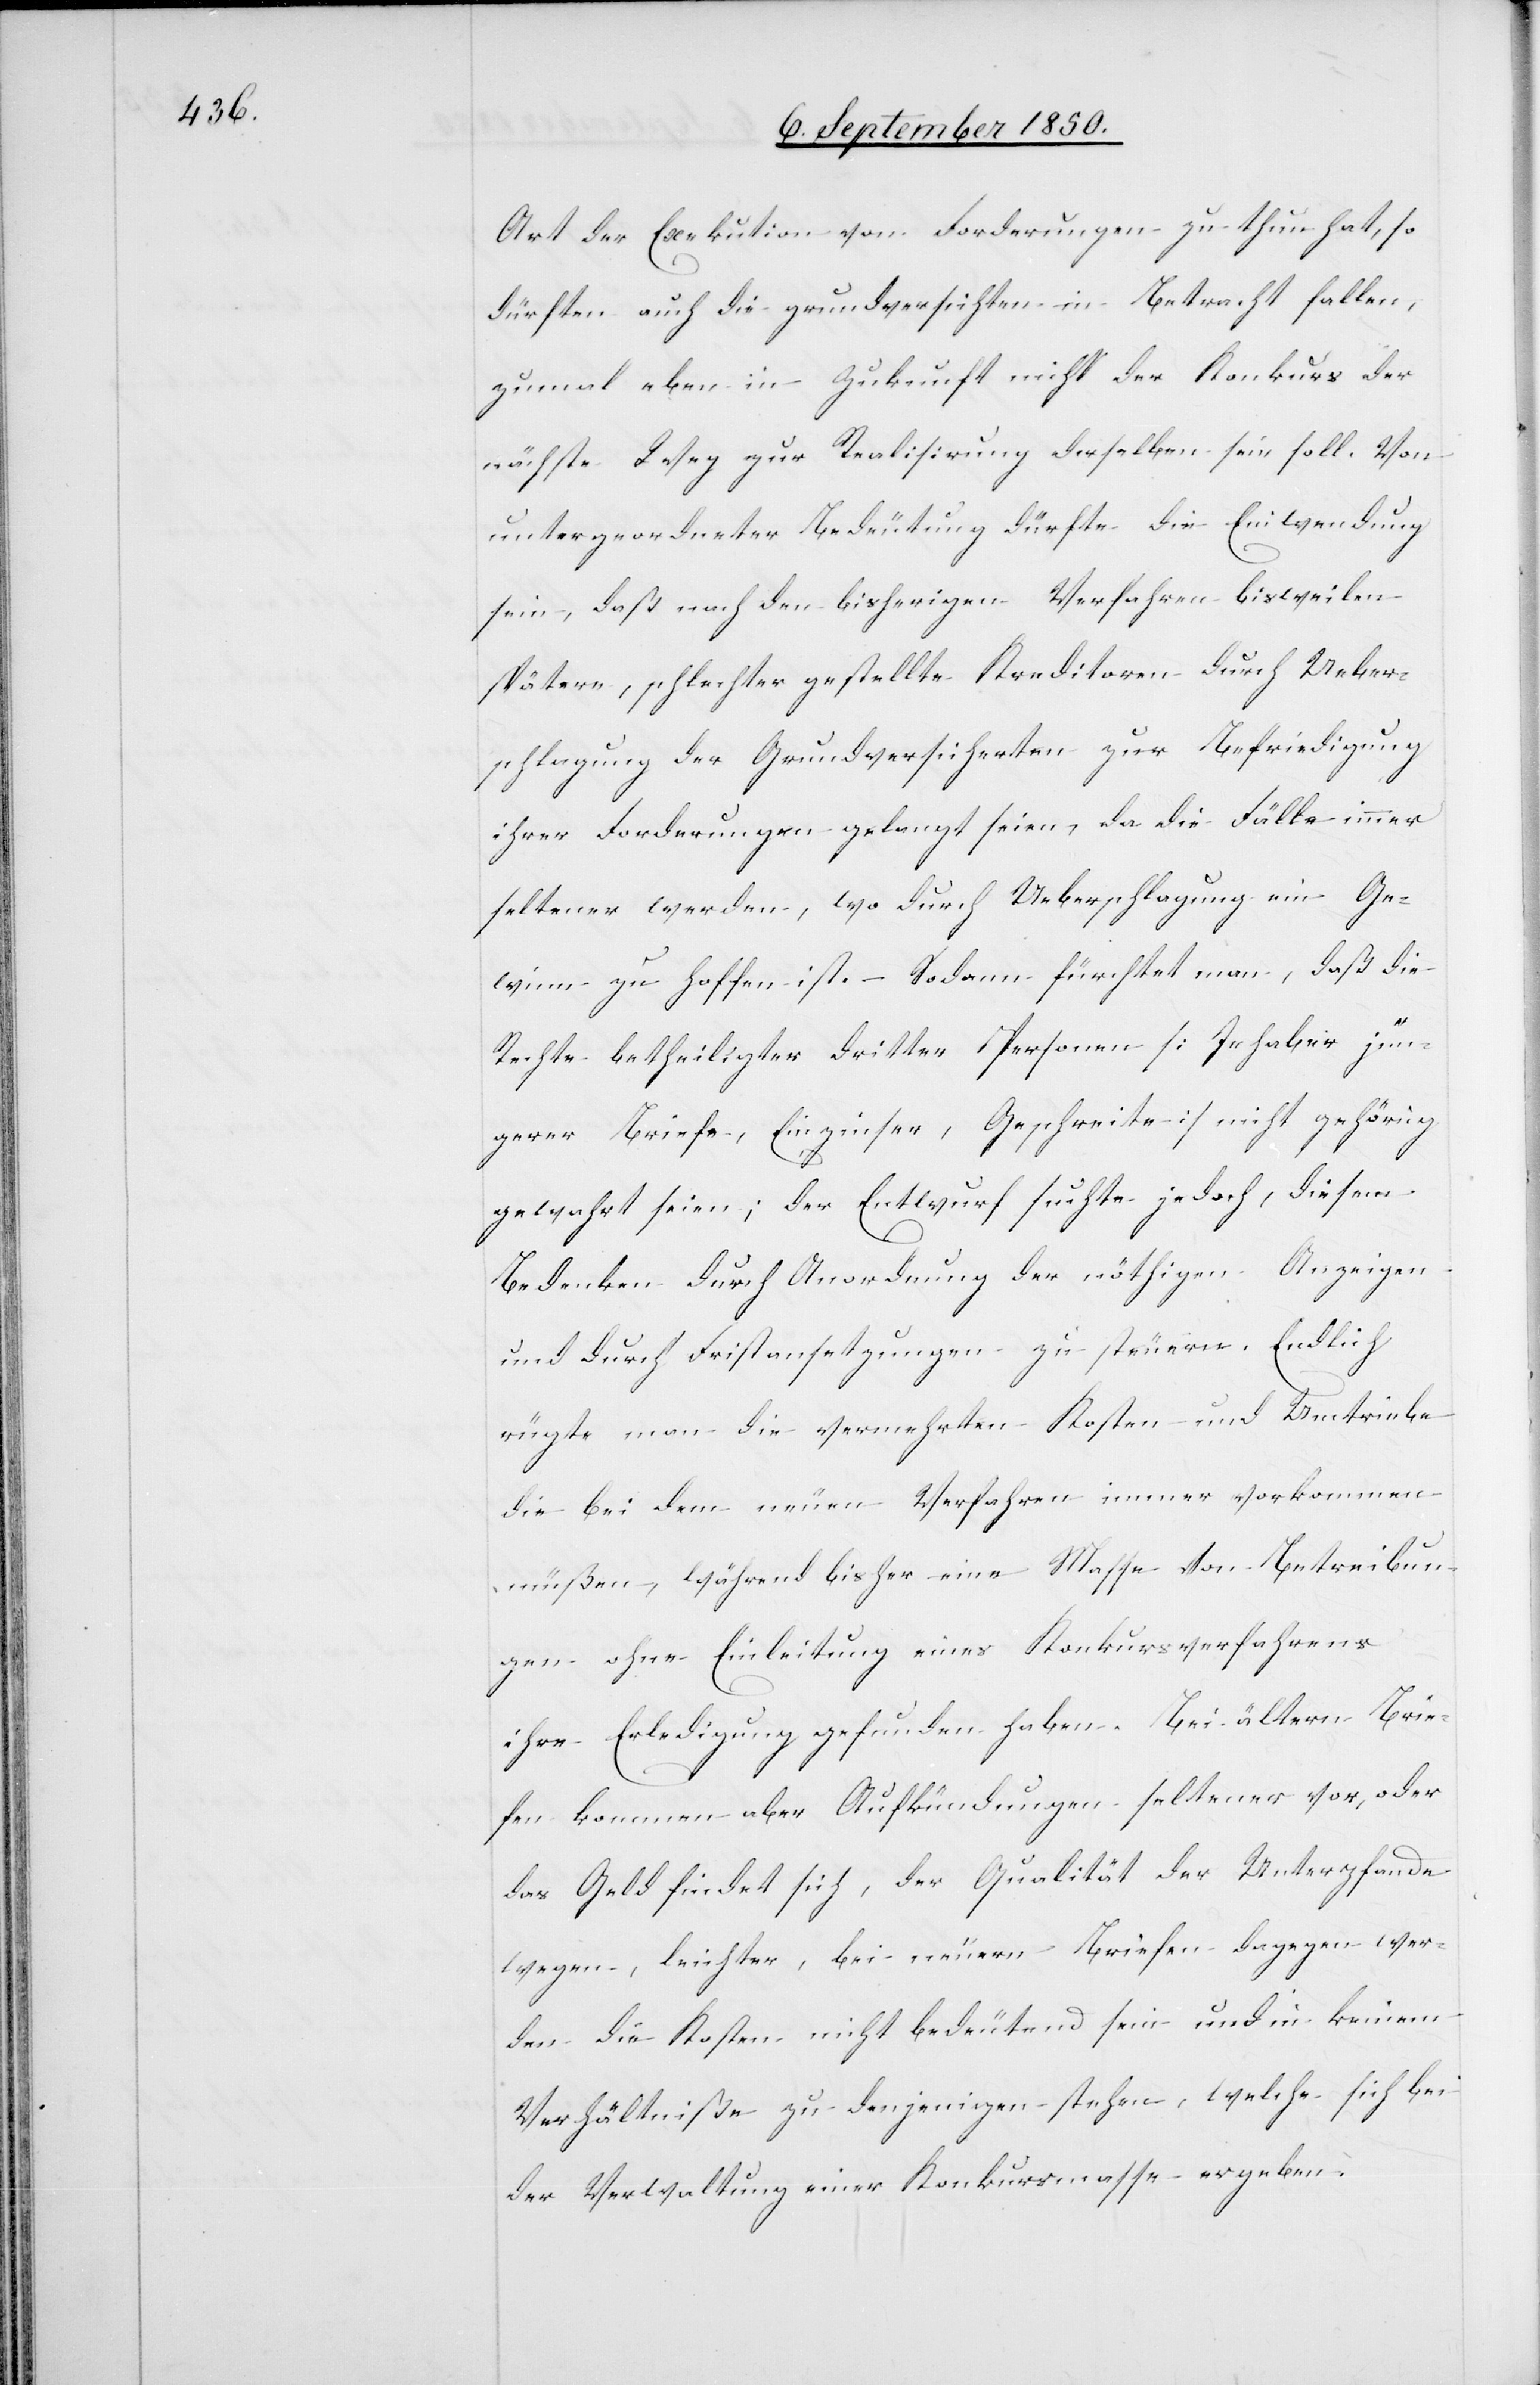
Art der Exekution von Forderungen zu thun hat, so
dürften auch die grundversich[er]ten in Betracht fallen,
zumal eben in Zukunft nicht der Konkurs der
nächste Weg zur Realisirung derselben sein soll. Von
untergeordneter Bedeutung dürfte die Einwendung
sein, daß nach den bisherigen Verfahren bisweilen
spätere, schlechter gestellte Kreditoren durch Ueber¬
schlagung der Grundversicherten zur Befriedigung
ihrer Forderungen gelangt seien, da die Fälle immer
seltener werden, wo durch Ueberschlagung ein Ge¬
winn zu hoffen ist. – Sodann fürchtet man, daß die
Rechte betheiligter Dritter Personen [Inhaber jün¬
gerer Briefe, Einzinser, Geschreite] nicht gehörig
gewahrt seien; der Entwurf suchte jedoch, diesen
Bedenken durch Anordnung der nöthigen Anzeigen
und durch Fristansetzungen zu steuern. Endlich
rügte man die vermehrten Kosten und Umtriebe
die bei dem neuen Verfahren immer vorkommen
müßen, während bisher eine Masse von Betreibun¬
gen ohne Einleitung eines Konkursverfahrens
ihre Erledigung gefunden haben. Bei ältern Brie¬
fen kommen aber Aufkündungen seltener vor, oder
das Geld findet sich, der Qualität der Unterpfande
wegen, leichter, bei neuern Briefen dagegen wer¬
den die Kosten nicht bedeutend sein und in keinem
Verhältniße zu denjenigen stehen, welche sich bei
der Verwaltung einer Konkursmasse ergeben.